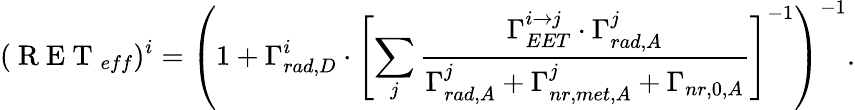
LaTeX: (\mathrm{~R~E~T~}_{eff})^{i}=\left(1+\Gamma_{rad,D}^{i}\cdot\left[\sum_{j}\frac{\Gamma_{EET}^{i\to j}\cdot\Gamma_{rad,A}^{j}}{\Gamma_{rad,A}^{j}+\Gamma_{nr,met,A}^{j}+\Gamma_{nr,0,A}}\right]^{-1}\right)^{-1}.